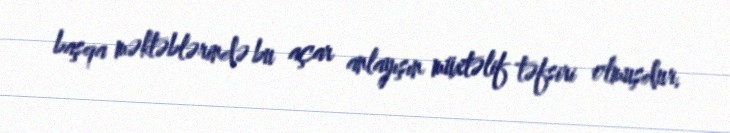
başqa məktəblərində bu açar anlayışın müxtəlif təfsiri olmuşdur.